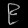
Digit: ၉